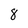
Character: 8